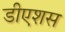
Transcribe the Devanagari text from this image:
डीएशस